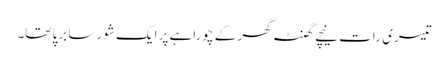
تیسری رات نیچے گھنٹہ گھر کے چوراہے پر ایک شور سا برپا تھا۔